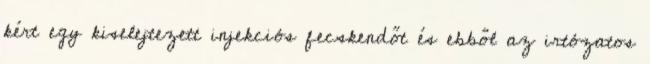
kért egy kiselejtezett injekciós fecskendőt és ebből az irtózatos